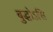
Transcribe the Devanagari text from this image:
बुद्धोऽसि